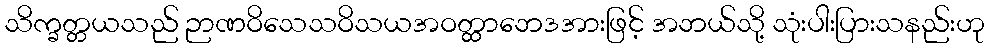
သိက္ခတ္တယသည် ဉာဏဝိသေသဝိသယအဝတ္ထာဘေဒအားဖြင့် အဘယ်သို့ သုံးပါးပြားသနည်းဟု